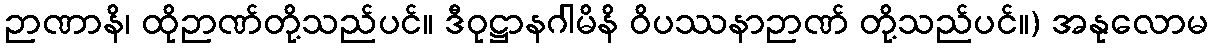
ဉာဏာနိ၊ ထိုဉာဏ်တို့သည်ပင်။ ဒီဝုဋ္ဌာနဂါမိနိ ဝိပဿနာဉာဏ် တို့သည်ပင်။) အနုလောမ